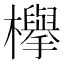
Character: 欅